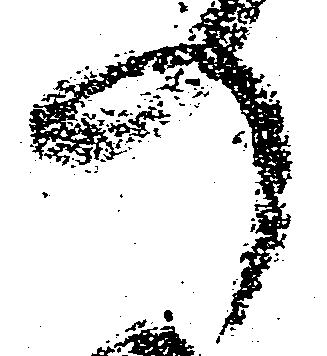
の